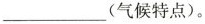
___ (气候特点)。